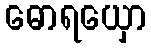
ဓောရယှော